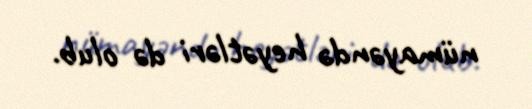
nümayəndə heyətləri də olub.